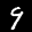
Label: 9